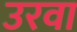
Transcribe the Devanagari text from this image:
उरवा